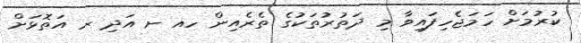
ކުރުމަށް ހަމަޖެހިފައިވާ މި ދަތުރުތަކުގެ ތެރެއިން ހއ ށ އަދި ރ އަތޮޅަށް